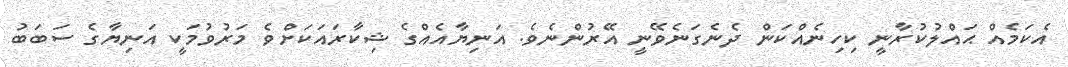
އެކަމެއް ޙައްލުކުރާނީ ކިހިނެއްކަން ދެނެގަނެވޭނީ އޭރުންނެވެ. އަނިޔާއެއްގެ ޝިކާރައަކަށްވެ މަރުވުމަކީ އަނިޔާގެ ސަބަބު